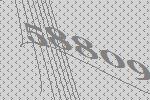
58809